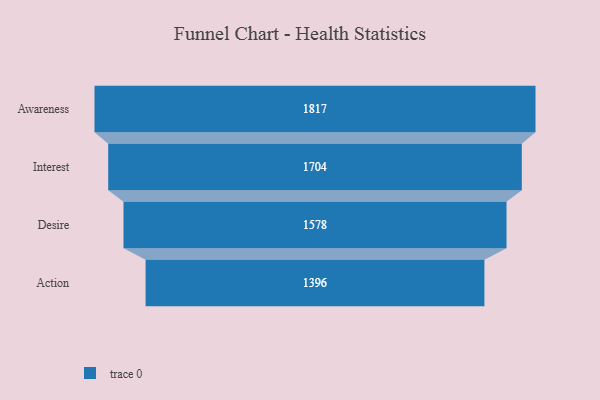
{"axis": {"x": "Stage", "y": "Value"}, "legend": [""], "data": [{"x": "Awareness", "y": 1817.0, "type": ""}, {"x": "Interest", "y": 1704.0, "type": ""}, {"x": "Desire", "y": 1578.0, "type": ""}, {"x": "Action", "y": 1396.0, "type": ""}]}